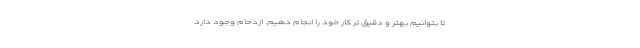
تا بتوانیم بهتر و دقیق تر کار خود را انجام دهیم. ازدحام وجود دارد